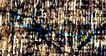
وبطريقة